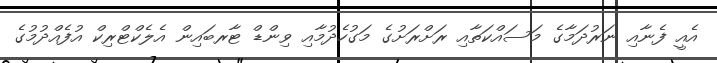
އެއީ ފެނާއި ނަރުދަމާގެ މަސައްކަތާއި ރަށްރަށުގެ މަގުހެދުމާއި ވިންޑް ޓާރބައިން އެލެކްޓްރިކް އުފެއްދުމުގެ